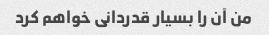
من آن را بسیار قدردانی خواهم کرد